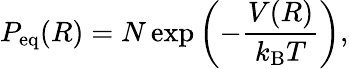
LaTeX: P_{\mathrm{eq}}(R)=N\exp\left(-\frac{V(R)}{k_{\mathrm{B}}T}\right),